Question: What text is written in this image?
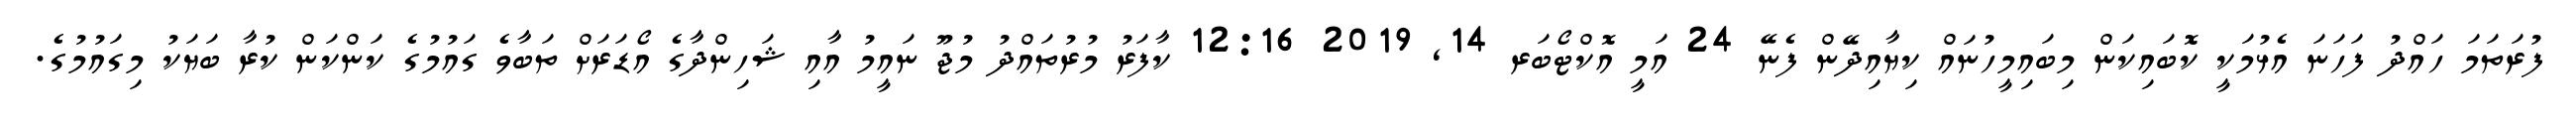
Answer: ފުރަތަމަ ހައްދު ފަހަނަ އެޅުމަކީ ކޮބައިކަން މިބައިމީހުނައް ކިޔާއިދޭން ފެނޭ 24 އަމީ އޮކްޓޯބަރ 14, 2019 12:16 ކާފަރު މުރުތައްދު މުޖޫ ނައީމު އާއި ޝަހިންދާގެ އޯޑަރަށް ތަބާވެ ގައުމުގެ ކަންކަން ކުރާ ބަޔަކު މިގައުމުގެ.